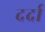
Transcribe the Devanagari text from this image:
दर्दा